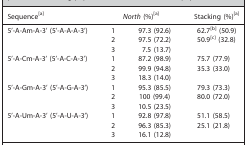
<table><thead><tr><td><b>Sequencea</b></td><td colspan="2"><b><i>North</i> (%)a</b></td><td><b>Stacking (%)a</b></td></tr></thead><tbody><tr><td>5&#x27;‐A‐Am‐A‐3&#x27; (5&#x27;‐A‐A‐A‐3&#x27;)</td><td>1</td><td>97.3 (92.6)</td><td>62.7b (50.9)</td></tr><tr><td></td><td>2</td><td>97.5 (72.2)</td><td>50.9c (32.8)</td></tr><tr><td></td><td>3</td><td>7.5 (13.7)</td><td></td></tr><tr><td>5&#x27;‐A‐Cm‐A‐3&#x27; (5&#x27;‐A‐C‐A‐3&#x27;)</td><td>1</td><td>87.2 (98.9)</td><td>75.7 (77.9)</td></tr><tr><td></td><td>2</td><td>99.9 (94.8)</td><td>35.3 (33.0)</td></tr><tr><td></td><td>3</td><td>18.3 (14.0)</td><td></td></tr><tr><td>5&#x27;‐A‐Gm‐A‐3&#x27; (5&#x27;‐A‐G‐A‐3&#x27;)</td><td>1</td><td>95.3 (85.5)</td><td>79.3 (73.3)</td></tr><tr><td></td><td>2</td><td>100 (99.4)</td><td>80.0 (72.0)</td></tr><tr><td></td><td>3</td><td>10.5 (23.5)</td><td></td></tr><tr><td>5&#x27;‐A‐Um‐A‐3&#x27; (5&#x27;‐A‐U‐A‐3&#x27;)</td><td>1</td><td>92.8 (97.8)</td><td>51.1 (58.5)</td></tr><tr><td></td><td>2</td><td>96.3 (85.3)</td><td>25.1 (21.8)</td></tr><tr><td></td><td>3</td><td>16.1 (12.8)</td><td></td></tr></tbody></table>